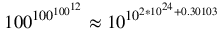
1 0 0 ^ { 1 0 0 ^ { 1 0 0 ^ { 1 2 } } } \approx 1 0 ^ { 1 0 ^ { 2 * 1 0 ^ { 2 4 } + 0 . 3 0 1 0 3 } }